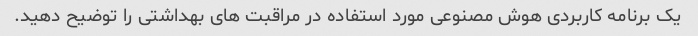
یک برنامه کاربردی هوش مصنوعی مورد استفاده در مراقبت های بهداشتی را توضیح دهید.